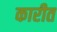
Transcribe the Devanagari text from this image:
कारीत